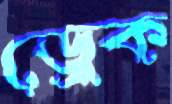
ড্রেক